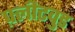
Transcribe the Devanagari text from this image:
फ़्लीटवुड